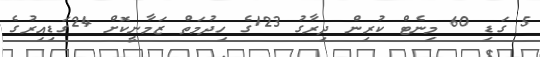
5 ގަޑި 60 މިނެޓް ކުރިން ދިރާގު 123ގެ ހިދުމަތް ޒަމާނީކޮށް 24ގަޑިއިރުގެ